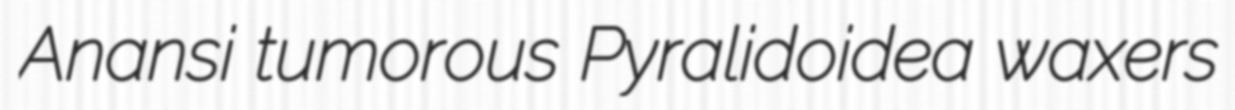
Anansi tumorous Pyralidoidea waxers